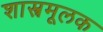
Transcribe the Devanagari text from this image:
शास्त्रमूलक